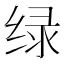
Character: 绿